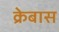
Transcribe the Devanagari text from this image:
क्रेबास